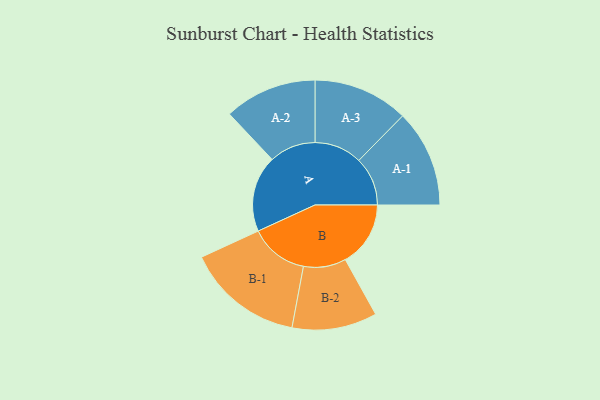
{"axis": {"x": "Segment", "y": "Value"}, "legend": ["", "A", "B"], "data": [{"x": "A", "y": 356, "type": ""}, {"x": "B", "y": 304, "type": ""}, {"x": "A-1", "y": 227, "type": "A"}, {"x": "A-2", "y": 216, "type": "A"}, {"x": "A-3", "y": 222, "type": "A"}, {"x": "B-1", "y": 273, "type": "B"}, {"x": "B-2", "y": 198, "type": "B"}]}